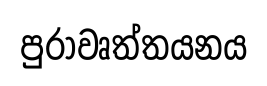
පුරාවෘත්තයනය